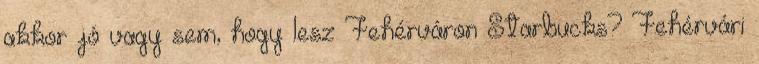
akkor jó vagy sem, hogy lesz Fehérváron Starbucks? Fehérvári